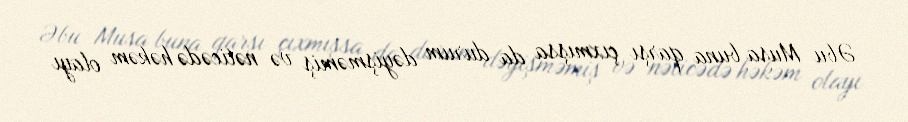
Əbu Musa buna qarşı çıxmışsa da durum dəyişməmiş və nəticədə həkəm olayı